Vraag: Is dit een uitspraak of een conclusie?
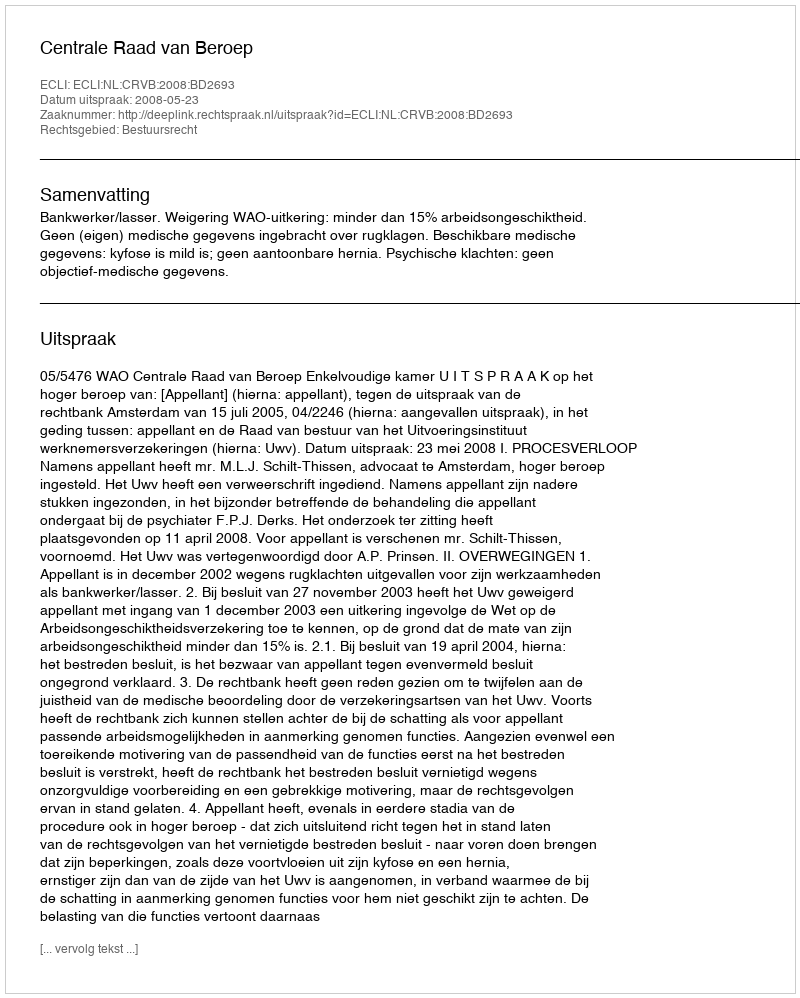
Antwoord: Uitspraak